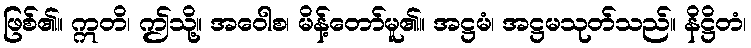
ဖြစ်၏။ ဣတိ၊ ဤသို့။ အဝေါစ၊ မိန့်တော်မူ၏။ အဋ္ဌမံ၊ အဋ္ဌမသုတ်သည်။ နိဋ္ဌိတံ၊